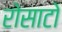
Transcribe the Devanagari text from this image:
रोसाटो